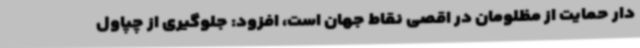
دار حمایت از مظلومان در اقصی نقاط جهان است، افزود: جلوگیری از چپاول